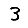
Digit: 3